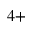
4 +